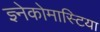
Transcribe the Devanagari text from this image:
ज्ञ्नेकोमास्टिया